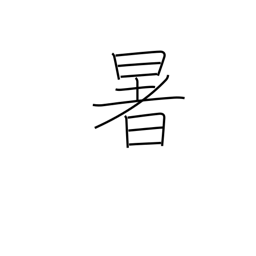
Meaning: sultry